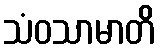
သံဝသာမာတိ